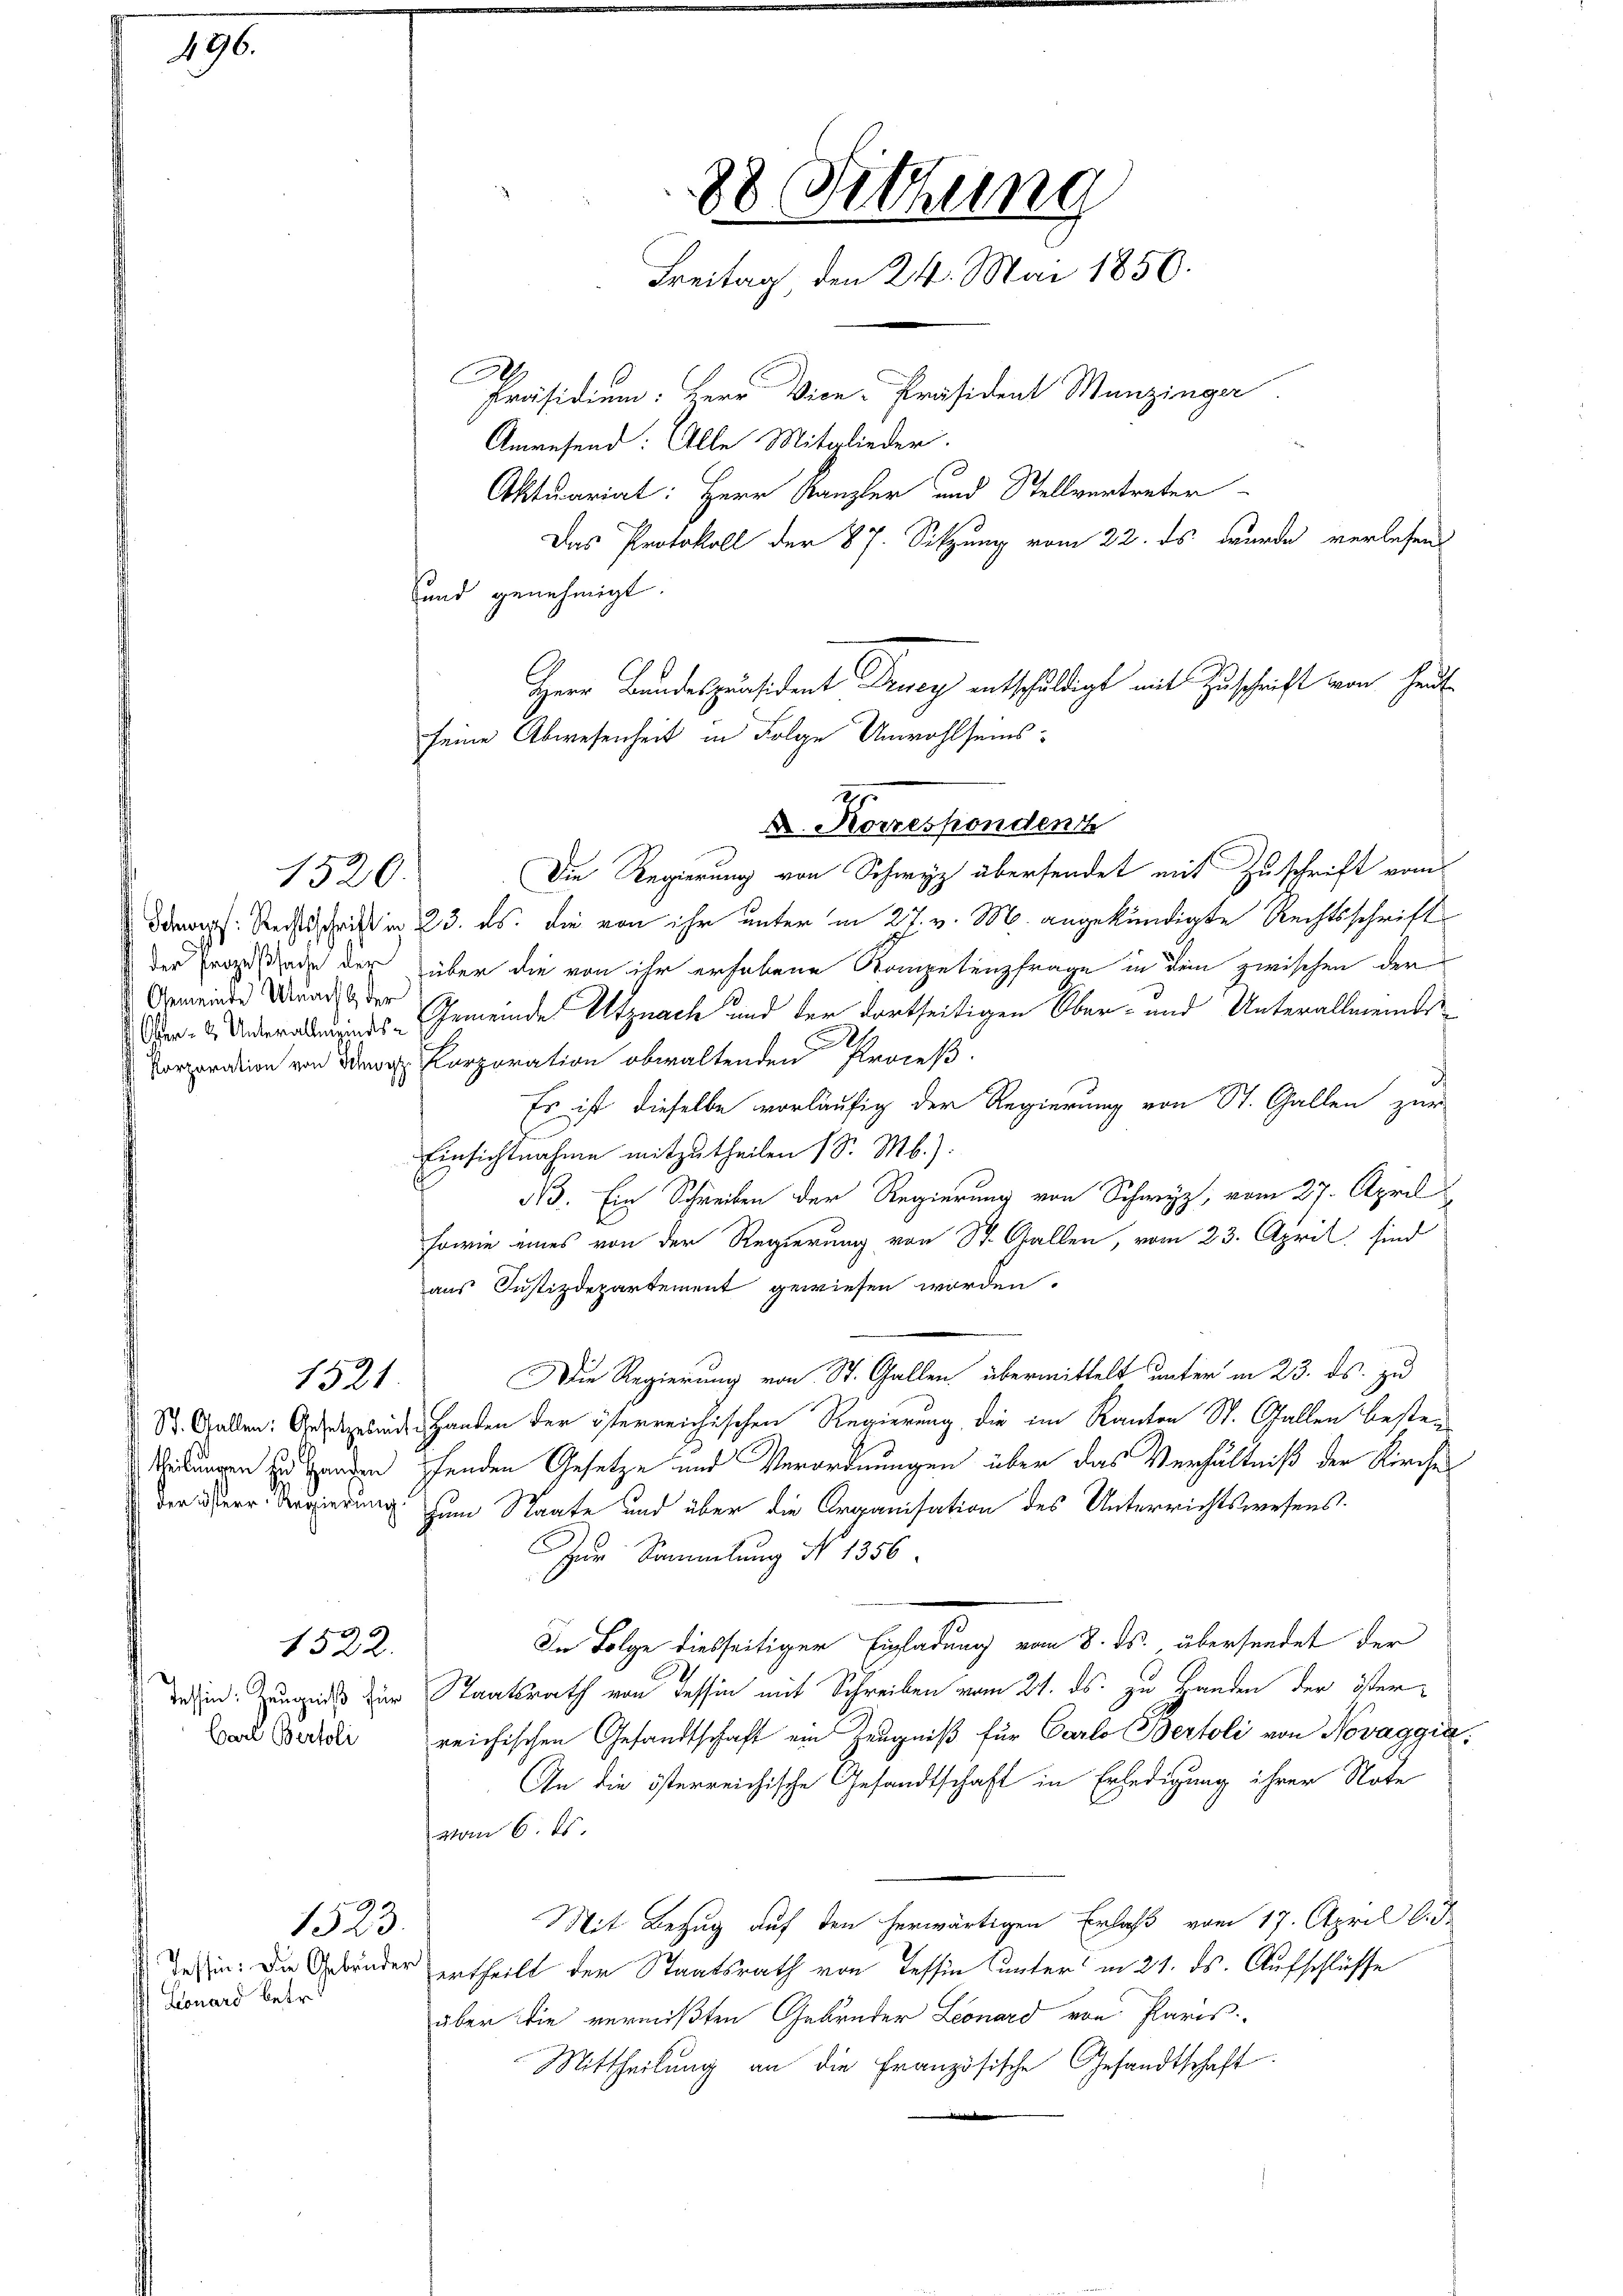
196.

1520.

der Prozeßsache der
Gemeinde Unach & der

1521

1522.

Carl Bertoli

Präsidium. Herr Vice-Präsident Munzinger
Anwesend: Alle Mitglieder.
Aktuariat: Herr Kanzler und Stellvertreter
Das Protokoll der 87. Sitzung vom 22. ds wurde verlesen
sund genehmigt.
Die Regierung von Schwyz übersendet mit Zuschrift vom
Dapf. Rechtsschrift in 23. ds. die von ihr unter in 27. v. M. angekündigte Rechtsschrift
über die von ihr erhobene Kompetenzfrage in dem zwischen der
Der- & Unterabmindes-Gemeinde Utznach und der dortseitigen Ober- und Unterallmeinds¬
 Porporation von der Korporation obwaltenden Proceß
Es ist dieselbe vorläufig der Regierung von St. Gallen zur
Einsichtnahme mitzutheilen (S. Mb.):
N. Ein Schreiben der Regierung von Schwyz, vom 27. April
sowie eines von der Regierung von St. Gallen, vom 23. April sind
aus Justizdepartement gewiesen worden.
Die Regierung von St. Gallen übermittelt unter in 23. ds. zu
St. Gallen: Angeleide Handen der österreichischen Regierung die im Kanton St. Gallen bestei-
Teilungen zu Handen pfenden Gesetze und Verordnungen über das Verhältniß der Kirchen
der Herr Regierung zum Staate und über die Organisation des Unterrichtswesens.
Zur Sammlung No 1356.
In Folge diesseitiger Einladung vom 8. ds. übersendet der
des in Zeugniß der Staatsrath von Tessin mit Schreiben vom 21. ds. zu Handen der österreichischen Gesandtschaft ein Zeugniß für Carlo Bertoli von Novaggia:
An die österreichische Gesandtschaft in Erledigung ihrer Note
vom 6. ds.
Mit Bezug auf den herwärtigen Erlaß vom 17. April l. J.
Tessin: Die Gebrüder ertheilt der Staatsrath von Tessin unter in 21. ds. Aufschlüsse
über die vermißten Gebrüder Leonard von Paris
Mittheilung an die Französische Gesandtschaft
er

1523.

Lionard betr.

88 Sitzung
Freitag, den 24. Mai 1850.

Herr Bundespräsident Drey entschuldigt mit Zuschrift von heut
seine Abwesenheit in Folge Unwohlseins¬
27
. Korrespondent